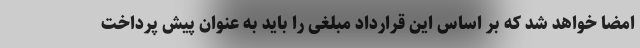
امضا خواهد شد که بر اساس این قرارداد مبلغی را باید به عنوان پیش پرداخت